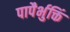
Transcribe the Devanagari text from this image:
पापैर्भुक्तिं